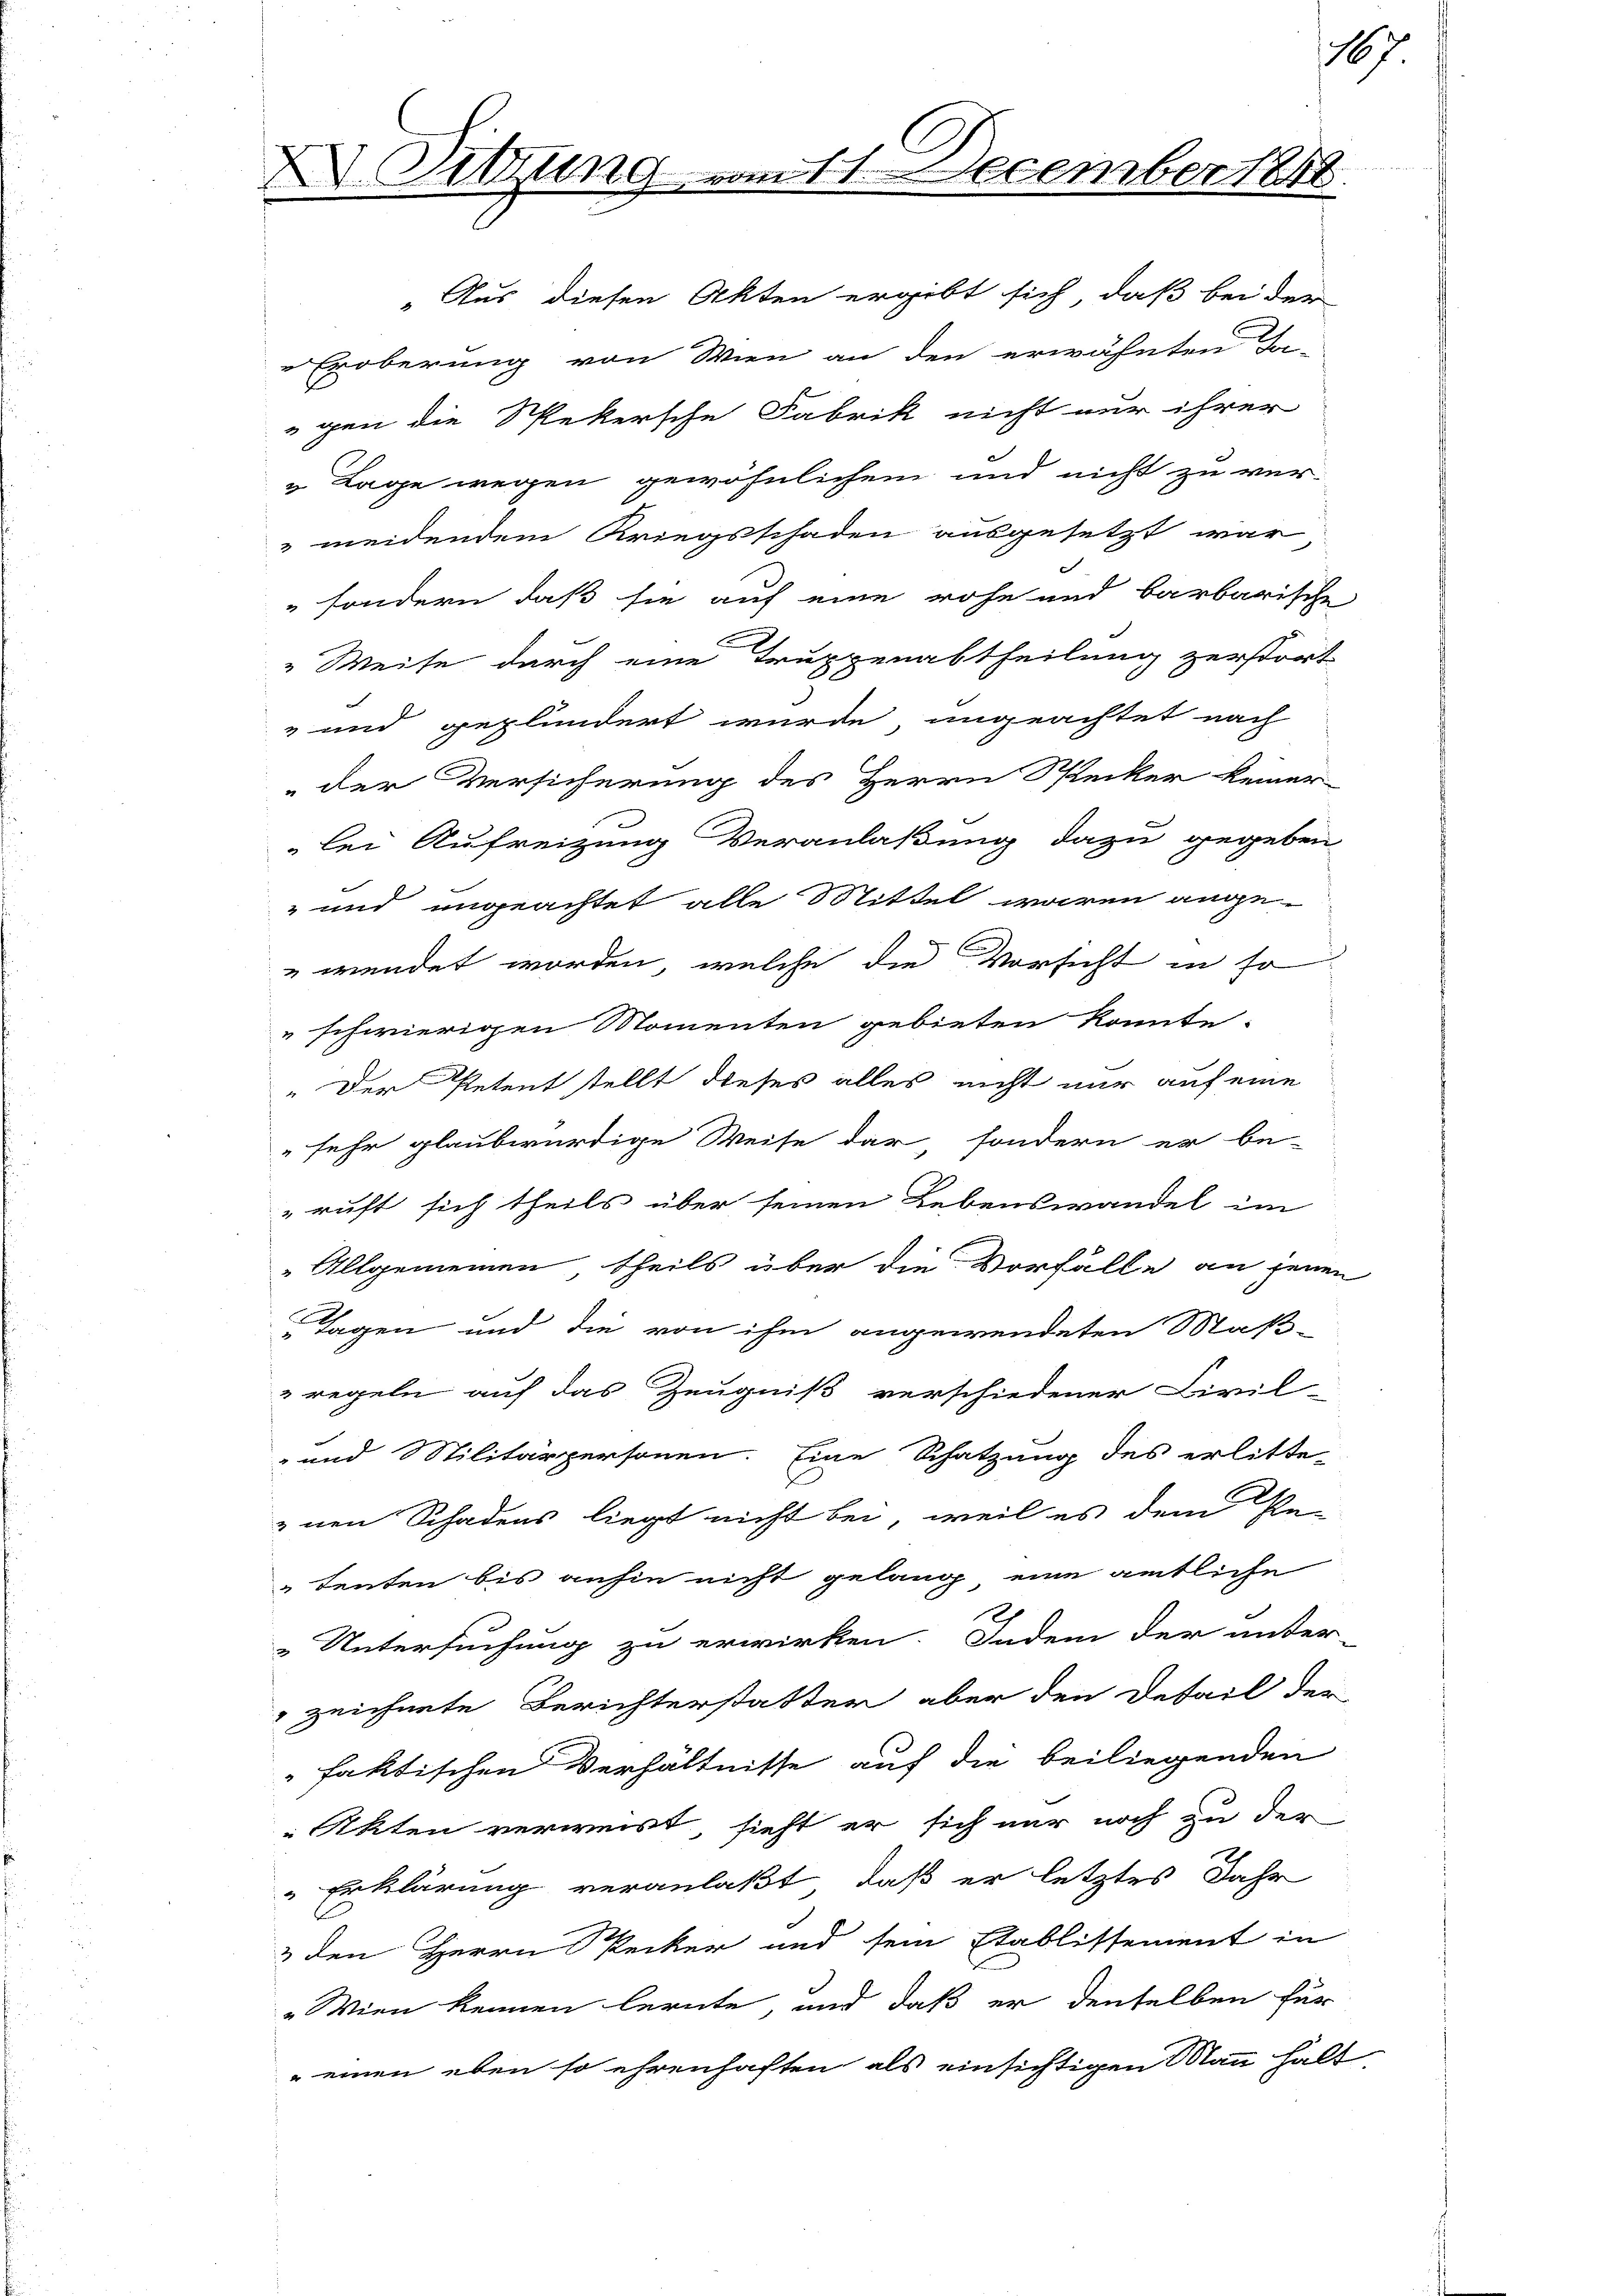
Sitzung vom 11. December 1848.

„ Lage wegen gewöhnlichem und nicht zu ver-
meidendem Kriegsschaden ausgesetzt war,
" sondern, daß sie auf eine rohe und barbarische
" Weise durch eine Truppenabtheilung zerstort
" und geplündert wurde, ungeachtet nach
 der Versicherung des Herrn Stecker keiner
lei Aufreizung Veranlaßung dazu gegeben
" und ungeachtet alle Mittel waren angewendet worden, welche die Vorsicht in so
" schwierigen Momenten gebieten konnte.
" Der Petent stellt dieses alles nicht nur auf eine
" sehr glaubwürdige Weise dar, sondern er be-
ruft sich theils über seinen Lebenswandel im
"Allgemeinen theils über die Vorfalle an jenen
Tagen und die von ihm angewendeten Maß-
regeln auf das Zeugniß verschiedener Civil-
- und Militärpersonen. Eine Schatzung des erlitte-
znen Schadens liegt nicht bei, weil es dem Pe-
Tenten bis anhin nicht gelang eine amtliche
Untersuchung zu erwirken. Indem der unter-
zeichnete Berichterstatter aber den Detail der
faktischen Verhältnisse auf die beiliegenden
Akten verweist, sieht er sich nur noch zu der
Erklärung veranlaßt, daß er letztes Jahr
3 den Herrn Secker und sein Etablissement in
"Wien kennen lernte, und daß er denselben für
 einen eben so ehrenhaften als einsichtigen Mann halt

"Aus diesen Akten ergibt sich, daß bei der
Eroberung von Wien an den erwähnten In-
gen die Spekersche Fabrik nicht nur ihrer

17